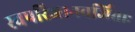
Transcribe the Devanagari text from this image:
स्वपरिज्ञानवर्जिताः